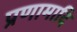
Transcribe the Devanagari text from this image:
प्रणामादि